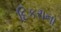
દિકરાના